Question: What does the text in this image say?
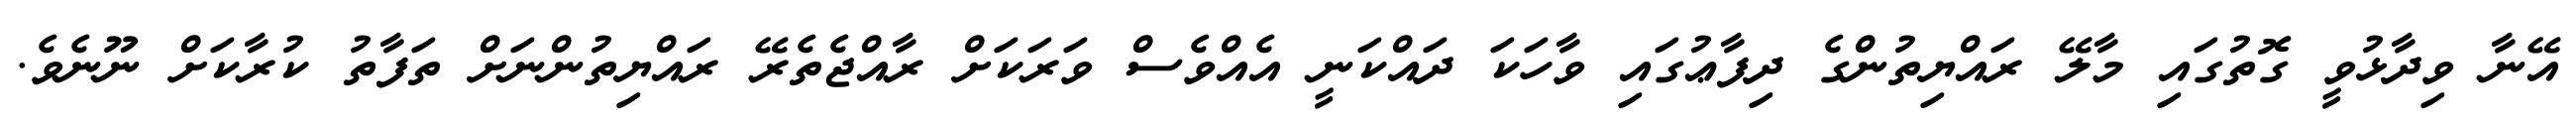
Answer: އޭނާ ވިދާޅުވީ ގޮތުގައި މާލޭ ރައްޔިތުންގެ ދިފާޢުގައި ވާހަކަ ދައްކަނީ އެއްވެސް ވަރަކަށް ރާއްޖެތެރޭ ރައްޔިތުންނަށް ތަފާތު ކުރާކަށް ނޫނެވެ.